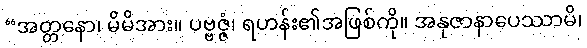
“အတ္တနော၊ မိမိအား။ ပဗ္ဗဇ္ဇံ၊ ရဟန်း၏အဖြစ်ကို။ အနုဇာနာပေဿာမိ၊